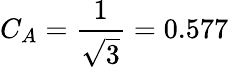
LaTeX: C_{A}=\frac{1}{\sqrt{3}}=0.577